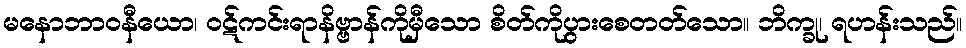
မနောဘာဝနီယော၊ ဝဋ်ကင်းရာနိဗ္ဗာန်ကိုမှီသော စိတ်ကိုပွားစေတတ်သော။ ဘိက္ခု၊ ရဟန်းသည်။